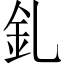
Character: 釓